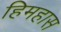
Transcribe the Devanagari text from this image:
हिमहास